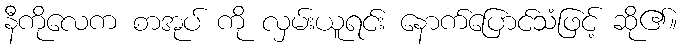
နီကိုလေက စာအုပ် ကို လှမ်းယူရင်း နောက်ပြောင်သံဖြင့် ဆို၏။